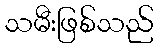
သမီးဖြစ်သည်